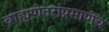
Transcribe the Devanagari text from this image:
ब्राह्मणेतरांप्रमाणेंच